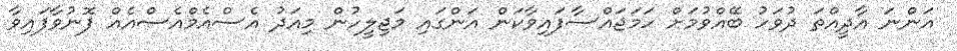
އަންނަ އާދީއްތަ ދުވަހު ބޭއްވުމަށް ހަމަޖައްސާފައިވާކަން އަންގައި މަޖިލީހުން މިއަދު އެސްއެމްއެސްއެއް ފޮނުވާފައިވާ